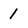
Character: 1